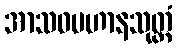
အာသဝပဟာနသုတ္တံ